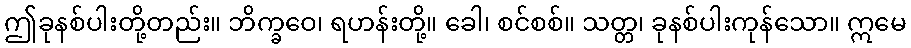
ဤခုနစ်ပါးတို့တည်း။ ဘိက္ခဝေ၊ ရဟန်းတို့။ ခေါ၊ စင်စစ်။ သတ္တ၊ ခုနစ်ပါးကုန်သော။ ဣမေ